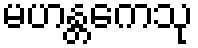
မဟန္တကေသု